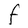
Character: F